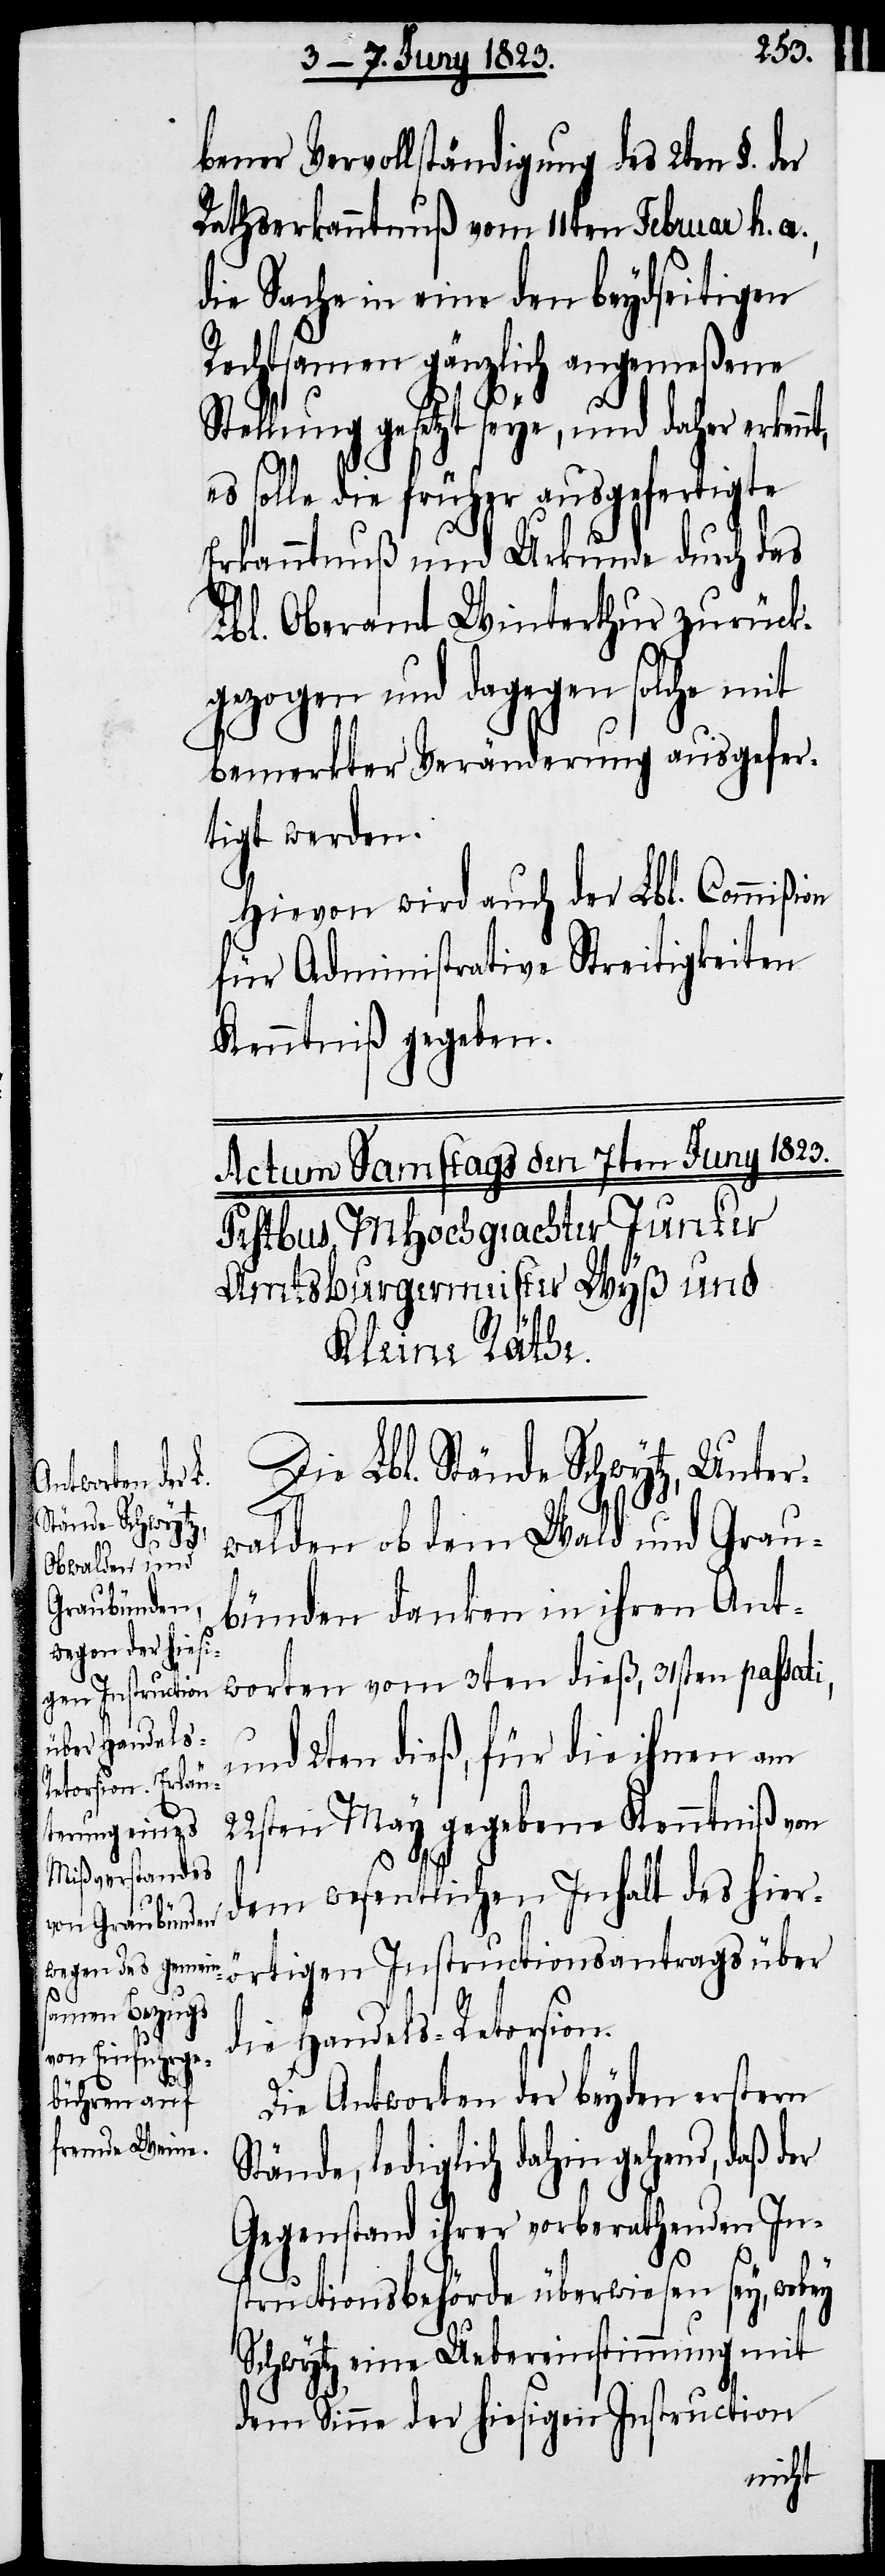
bener Vervollständigung des 2ten §. der
Rathserkanntnuß vom 11ten Februar h. a.,
die Sache in eine den beydseitigen
Rechtsamen gänzlich angemeßene
Stellung gesetzt seye, und daher erkennt,
es solle die früher ausgefertigte
Erkanntnuß und Urkunde durch das
Lbl. Oberamt Winterthur zurück¬
gezogen und dagegen solche mit
bemerkter Veränderung ausgefer¬
tigt werden.
Hievon wird auch der Lbl. Commißion
für Administrative Streitigkeiten
Kenntniß gegeben.
Die Lbl. Stände Schwytz, Unter¬
walden ob dem Wald und Grau¬
bünden danken in ihren Ant¬
worten vom 3ten dieß, 31sten passati,
und 2ten dieß, für die ihnen am
22sten May gegebene Kenntniß vo¬
n dem wesentlichen Inhalt des hierö¬
rtigen Instructionsantrags über
die Handels-Retorsion.
Die Antworten der beyden erstern
Stände, lediglich dahin gehend, daß
Gegenstand ihrer vorberathenden In¬
structionsbehörde überwiesen sey, wobey
Schwytz eine Uebereinstimmung mit
dem Sinne der hiesigen Instruction